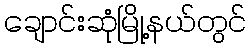
ချောင်းဆုံမြို့နယ်တွင်